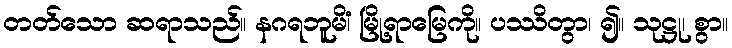
တတ်သော ဆရာသည်။ နဂရဘူမိံ၊ မြို့ရာမြေကို။ ပဿိတွာ၊ ၍။ သုဋ္ဌု၊ စွာ။